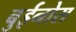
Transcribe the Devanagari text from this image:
बुईनोस